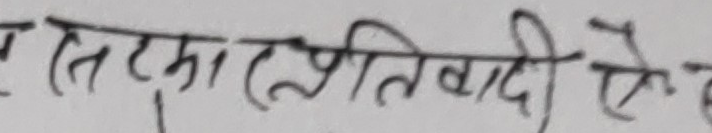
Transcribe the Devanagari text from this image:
स (तत्मा) प्रतिवादी से